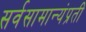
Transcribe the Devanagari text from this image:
सर्वसामान्यंप्रती